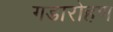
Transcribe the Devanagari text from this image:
गडारोहण